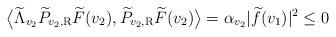
LaTeX: \begin{align*} \big\langle \widetilde \Lambda_{v_2} \widetilde P_{v_2, \rm R} \widetilde F (v_2), \widetilde P_{v_2, \rm R} \widetilde F (v_2) \big\rangle = \alpha_{v_2} |\widetilde f (v_1)|^2 \leq 0\end{align*}